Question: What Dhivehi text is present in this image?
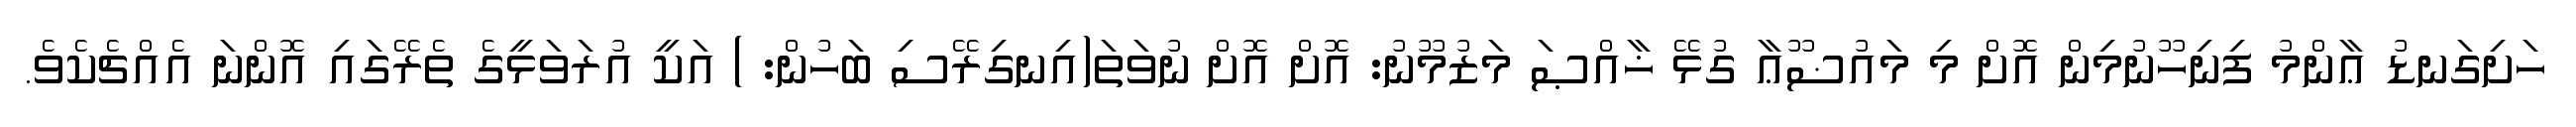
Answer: ހަށިގަނޑު ޢާންމު ފިނިހޫނުމިން އޮށް މި މައުޟޫޢާ ގުޅޭ ޚާއްޞަ މަޒުމޫނު: އޮށް އޮށް ނުވަތަ(އިނގިރޭސި ބަހުން: ) އަކީ އުރަވަޅީގެ ތެރޭގައި އޮންނަ އެއްޗެކެވެ.